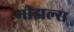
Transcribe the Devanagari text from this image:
मीझल्स